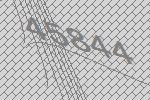
45844